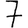
Digit: 7